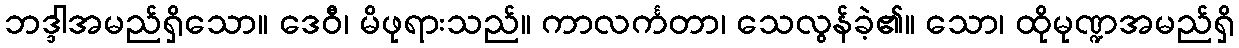
ဘဒ္ဒါအမည်ရှိသော။ ဒေဝီ၊ မိဖုရားသည်။ ကာလင်္ကတာ၊ သေလွန်ခဲ့၏။ သော၊ ထိုမုဏ္ဍအမည်ရှိ